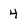
Character: 4